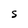
Character: S